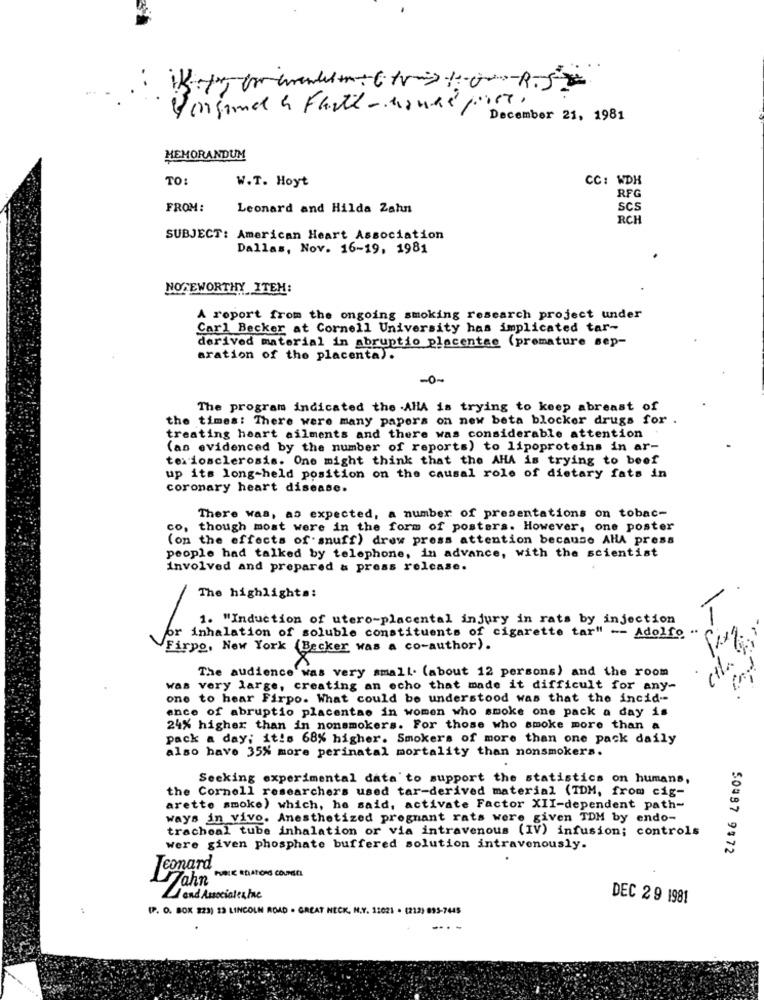
Porgand a Faith- house piet,
December 21, 1981
MEMORANDUM
TO:
W.T. Hoyt
CC: WDH
RFG
FROM:
Leonard and Hilda Zahn
SCS
RCH
SUBJECT: American Heart Association
Dallas, Nov. 16-19, 1981
NOTEWORTHY ITEM:
A report from the ongoing smoking research project under
Carl Becker at Cornell University has implicated tar-
derived material in abruptio placentae (premature sep-
aration of the placenta).
-0-
The program indicated the AHA is trying to keep abreast of
the times: There were many papers on new beta blocker drugs for .
treating heart ailments and there was considerable attention
(as evidenced by the number of reports) to lipoproteins in ar-
teriosclerosis. One might think that the AHA is trying to beef
up its long-held position on the causal role of dietary fats in
coronary heart disease.
There was, as expected, a number of presentations on tobac-
co, though most were in the form of posters. However, one poster
(on the effects of snuff) drew press attention because AHA press
people had talked by telephone, in advance, with the scientist
involved and prepared & press release.
The highlighta:
1. "Induction of utero-placental injury in rats by injection
pr inhalation of soluble constituents of cigarette tar" -- Adolfo ..
Fixa
Firpo, New York (Becker was a co-author).
The audience was very small. (about 12 persons) and the room
was very large, creating an echo that made it difficult for any-
one to hear Firpo. What could be understood was that the incid --
ence of abruptio placentae in women who smoke one pack a day is
24% higher than in nonsmokers. For those who smoke more than a
pack a day; it's 68% higher. Smokers of more than one pack daily
also have 35% more perinatal mortality than nonsmokers.
Seeking experimental data to support the statistics on humans,
the Cornell researchers used tar-derived material (TDM, from cig-
arette smoke) which, he said, activate Factor XII-dependent path-
ways in vivo. Anesthetized pregnant rats were given TDM by endo-
tracheal tube inhalation or via intravenous (IV) infusion; controls
were given phosphate buffered solution intravenously.
50#87 9572
Jeonard
Jahn WORKEDATOM CONNELL
1 and Associates Inc
DEC 29 1981
(P. O. BOX 323) 13 LINCOLN ROAD . GREAT NECK, N.Y. 12021 . (212) 893-7445
--.-